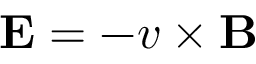
\mathbf { E } = - v \times \mathbf { B }